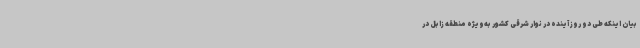
بیان اینکه طی دو روز آینده در نوار شرقی کشور به‌ویژه منطقه زابل در